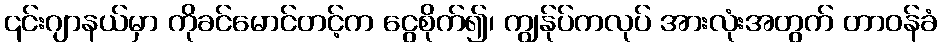
၎င်းဂျာနယ်မှာ ကိုခင်မောင်တင့်က ငွေစိုက်၍၊ ကျွန်ုပ်ကလုပ် အားလုံးအတွက် တာဝန်ခံ